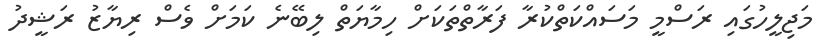
މަޖިލީހުގައި ރަސްމީ މަސައްކަތްކުރާ ފަރާތްތަކަށް ހިމާޔަތް ލިބޭނެ ކަމަށް ވެސް ރިޔާޒު ރަޝީދު